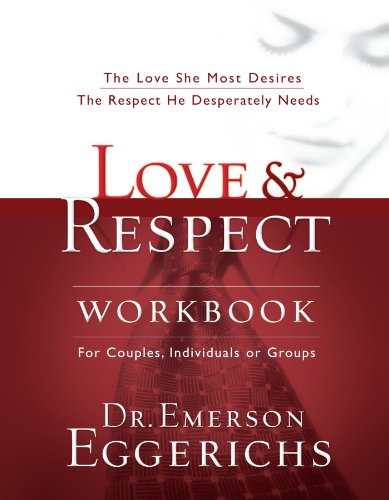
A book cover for Love and   Respect Workbook: The Love She Most Desires; The Respect He Desperately Needs; Dr. Emerson Eggerichs; Parenting & Relationships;